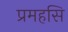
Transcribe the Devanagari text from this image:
प्रमहसि